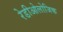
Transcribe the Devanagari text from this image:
रेडीओलोजिक